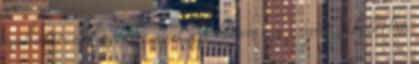
múlva utánuk mentem, mert azt hittem egy csapat zabolátlan